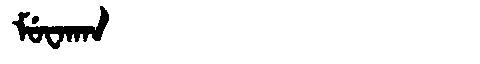
Manchu: ᠮᡠᠸᠠᡴᠠᠨ
Romanization: MUWAKAN